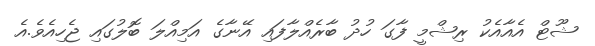
ޝޫޓް އެއާއެކު ރިޝްމީ ފާގަ ހުދު ބާރެއްލާފައި އޭނާގެ އަމިއްލަ ބޮލުގައި ޖެހިއެވެ.އެ